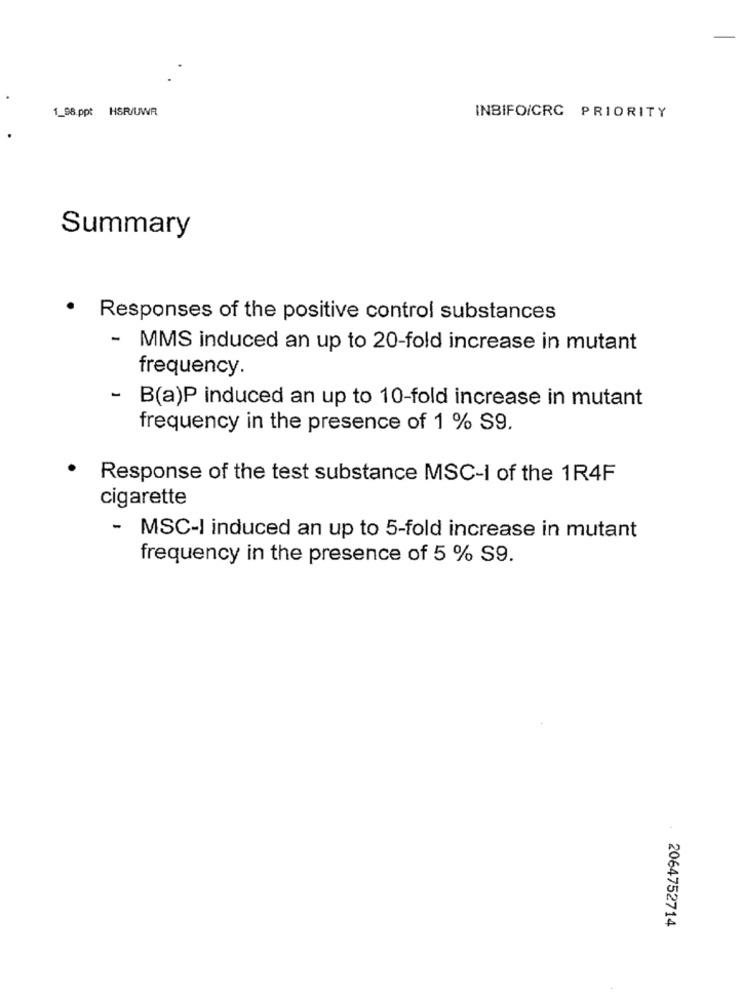
1_88.ppt HSR/UWR
INBIFOICRC PRIORITY
Summary
.
Responses of the positive control substances
- MMS induced an up to 20-fold increase in mutant
frequency.
- B(a)P induced an up to 10-fold increase in mutant
frequency in the presence of 1 % S9.
Response of the test substance MSC-I of the 1R4F
cigarette
- MSC-I induced an up to 5-fold increase in mutant
frequency in the presence of 5 % S9.
2064752714